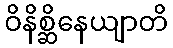
ဝိနိစ္ဆိနေယျာတိ